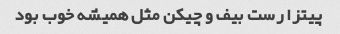
پیتزا رست بیف و چیکن مثل همیشه خوب بود